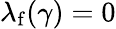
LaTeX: \lambda_{\mathrm{f}}(\gamma)=0